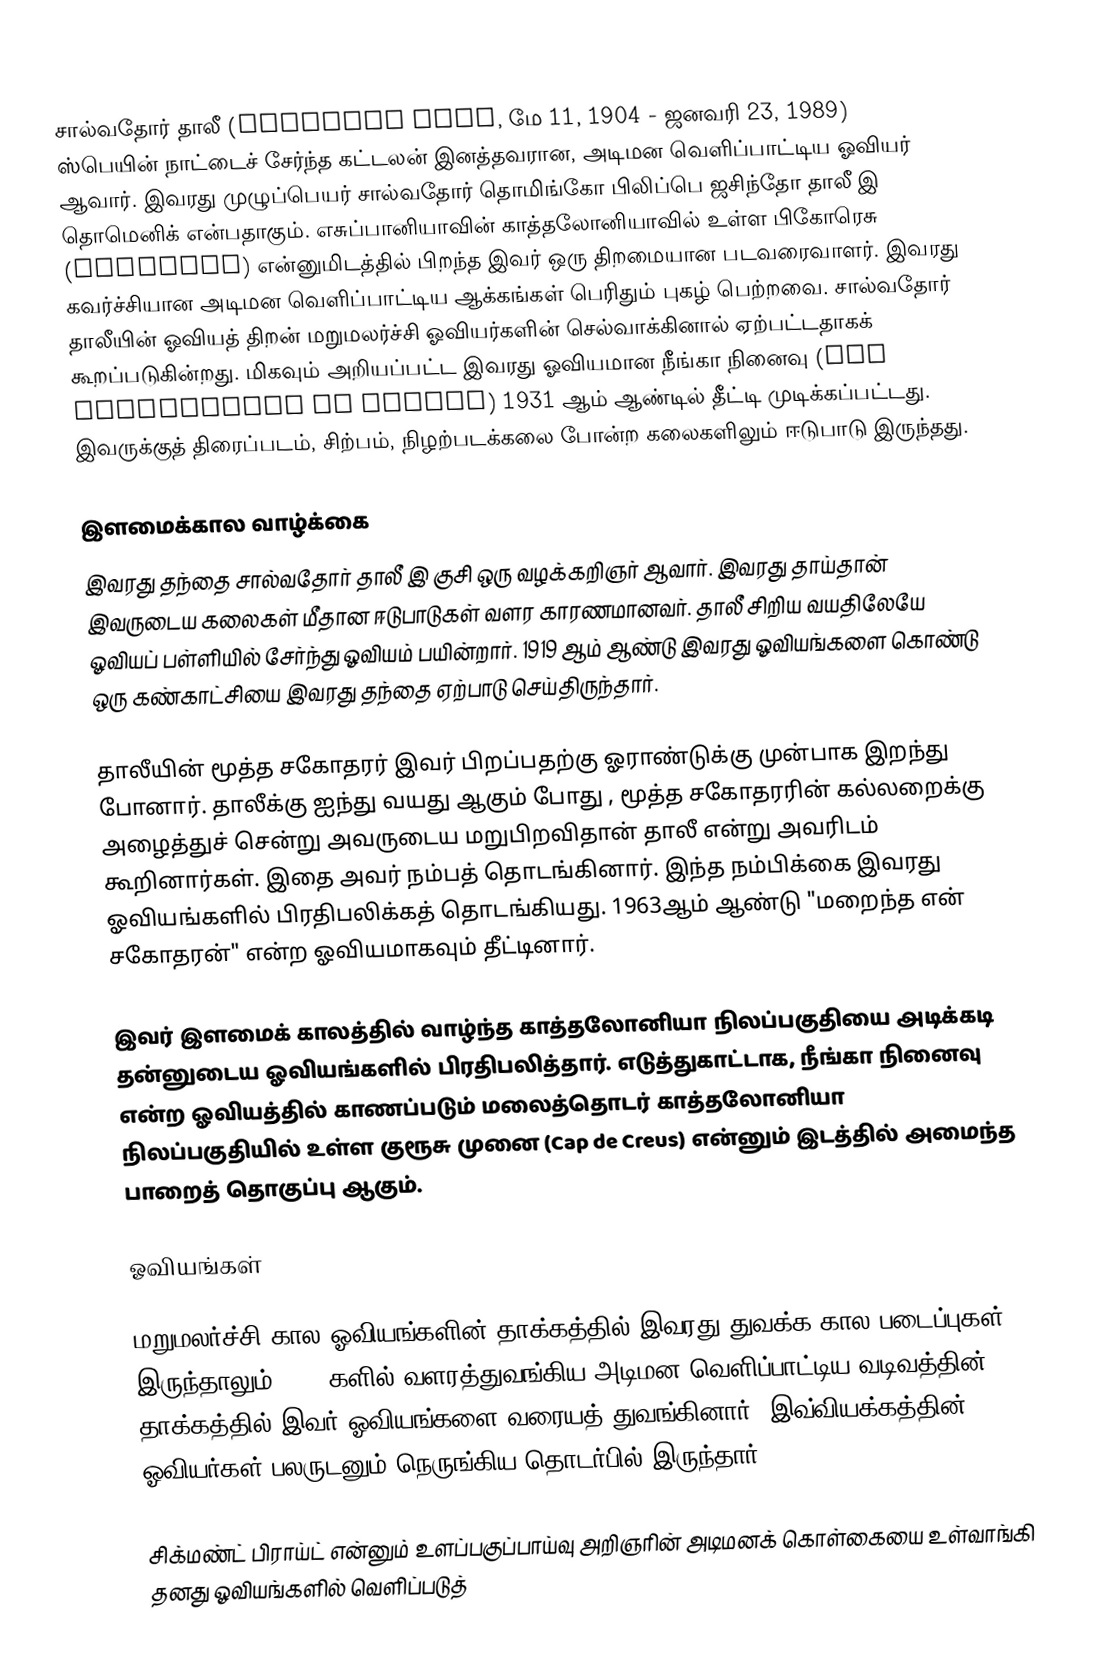
சால்வதோர் தாலீ (Salvador Dali, மே 11, 1904 - ஜனவரி 23, 1989) ஸ்பெயின் நாட்டைச் சேர்ந்த கட்டலன்  இனத்தவரான, அடிமன வெளிப்பாட்டிய ஓவியர் ஆவார். இவரது முழுப்பெயர் சால்வதோர் தொமிங்கோ பிலிப்பெ ஜசிந்தோ தாலீ இ தொமெனிக் என்பதாகும். எசுப்பானியாவின் காத்தலோனியாவில் உள்ள பிகோரெசு (Figueres) என்னுமிடத்தில் பிறந்த இவர் ஒரு திறமையான படவரைவாளர். இவரது கவர்ச்சியான அடிமன வெளிப்பாட்டிய ஆக்கங்கள் பெரிதும் புகழ் பெற்றவை. சால்வதோர் தாலீயின் ஓவியத் திறன் மறுமலர்ச்சி ஓவியர்களின் செல்வாக்கினால் ஏற்பட்டதாகக் கூறப்படுகின்றது. மிகவும் அறியப்பட்ட இவரது ஓவியமான நீங்கா நினைவு (The Persistence of Memory) 1931 ஆம் ஆண்டில் தீட்டி முடிக்கப்பட்டது. இவருக்குத் திரைப்படம், சிற்பம், நிழற்படக்கலை போன்ற கலைகளிலும் ஈடுபாடு இருந்தது.

இளமைக்கால வாழ்க்கை
இவரது தந்தை சால்வதோர் தாலீ இ குசி ஒரு வழக்கறிஞர் ஆவார். இவரது தாய்தான் இவருடைய கலைகள் மீதான ஈடுபாடுகள் வளர காரணமானவர். தாலீ சிறிய வயதிலேயே ஓவியப் பள்ளியில் சேர்ந்து ஓவியம் பயின்றார். 1919 ஆம் ஆண்டு இவரது ஓவியங்களை கொண்டு ஒரு கண்காட்சியை இவரது தந்தை ஏற்பாடு செய்திருந்தார்.

தாலீயின் மூத்த சகோதரர் இவர் பிறப்பதற்கு ஓராண்டுக்கு முன்பாக இறந்து போனார். தாலீக்கு ஐந்து வயது ஆகும் போது , மூத்த சகோதரரின் கல்லறைக்கு அழைத்துச் சென்று அவருடைய மறுபிறவிதான் தாலீ என்று அவரிடம் கூறினார்கள். இதை அவர் நம்பத் தொடங்கினார். இந்த நம்பிக்கை இவரது ஓவியங்களில் பிரதிபலிக்கத் தொடங்கியது. 1963ஆம் ஆண்டு "மறைந்த என் சகோதரன்" என்ற ஓவியமாகவும் தீட்டினார்.

இவர் இளமைக் காலத்தில் வாழ்ந்த காத்தலோனியா நிலப்பகுதியை அடிக்கடி தன்னுடைய ஓவியங்களில் பிரதிபலித்தார். எடுத்துகாட்டாக, நீங்கா நினைவு என்ற ஓவியத்தில் காணப்படும் மலைத்தொடர் காத்தலோனியா நிலப்பகுதியில் உள்ள குரூசு முனை (Cap de Creus) என்னும் இடத்தில் அமைந்த பாறைத் தொகுப்பு ஆகும்.

ஓவியங்கள்

மறுமலர்ச்சி கால ஓவியங்களின் தாக்கத்தில் இவரது துவக்க கால படைப்புகள் இருந்தாலும், 1930களில் வளரத்துவங்கிய அடிமன வெளிப்பாட்டிய வடிவத்தின் தாக்கத்தில் இவர் ஓவியங்களை வரையத் துவங்கினார். இவ்வியக்கத்தின் ஓவியர்கள் பலருடனும் நெருங்கிய தொடர்பில் இருந்தார்.

சிக்மண்ட் பிராய்ட் என்னும் உளப்பகுப்பாய்வு அறிஞரின் அடிமனக் கொள்கையை உள்வாங்கி தனது ஓவியங்களில் வெளிப்படுத்